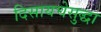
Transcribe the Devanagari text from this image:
दिसायचेसुद्धा